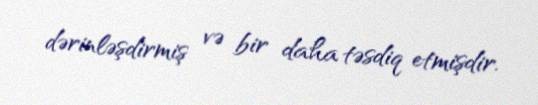
dərinləşdirmiş və bir daha təsdiq etmişdir.